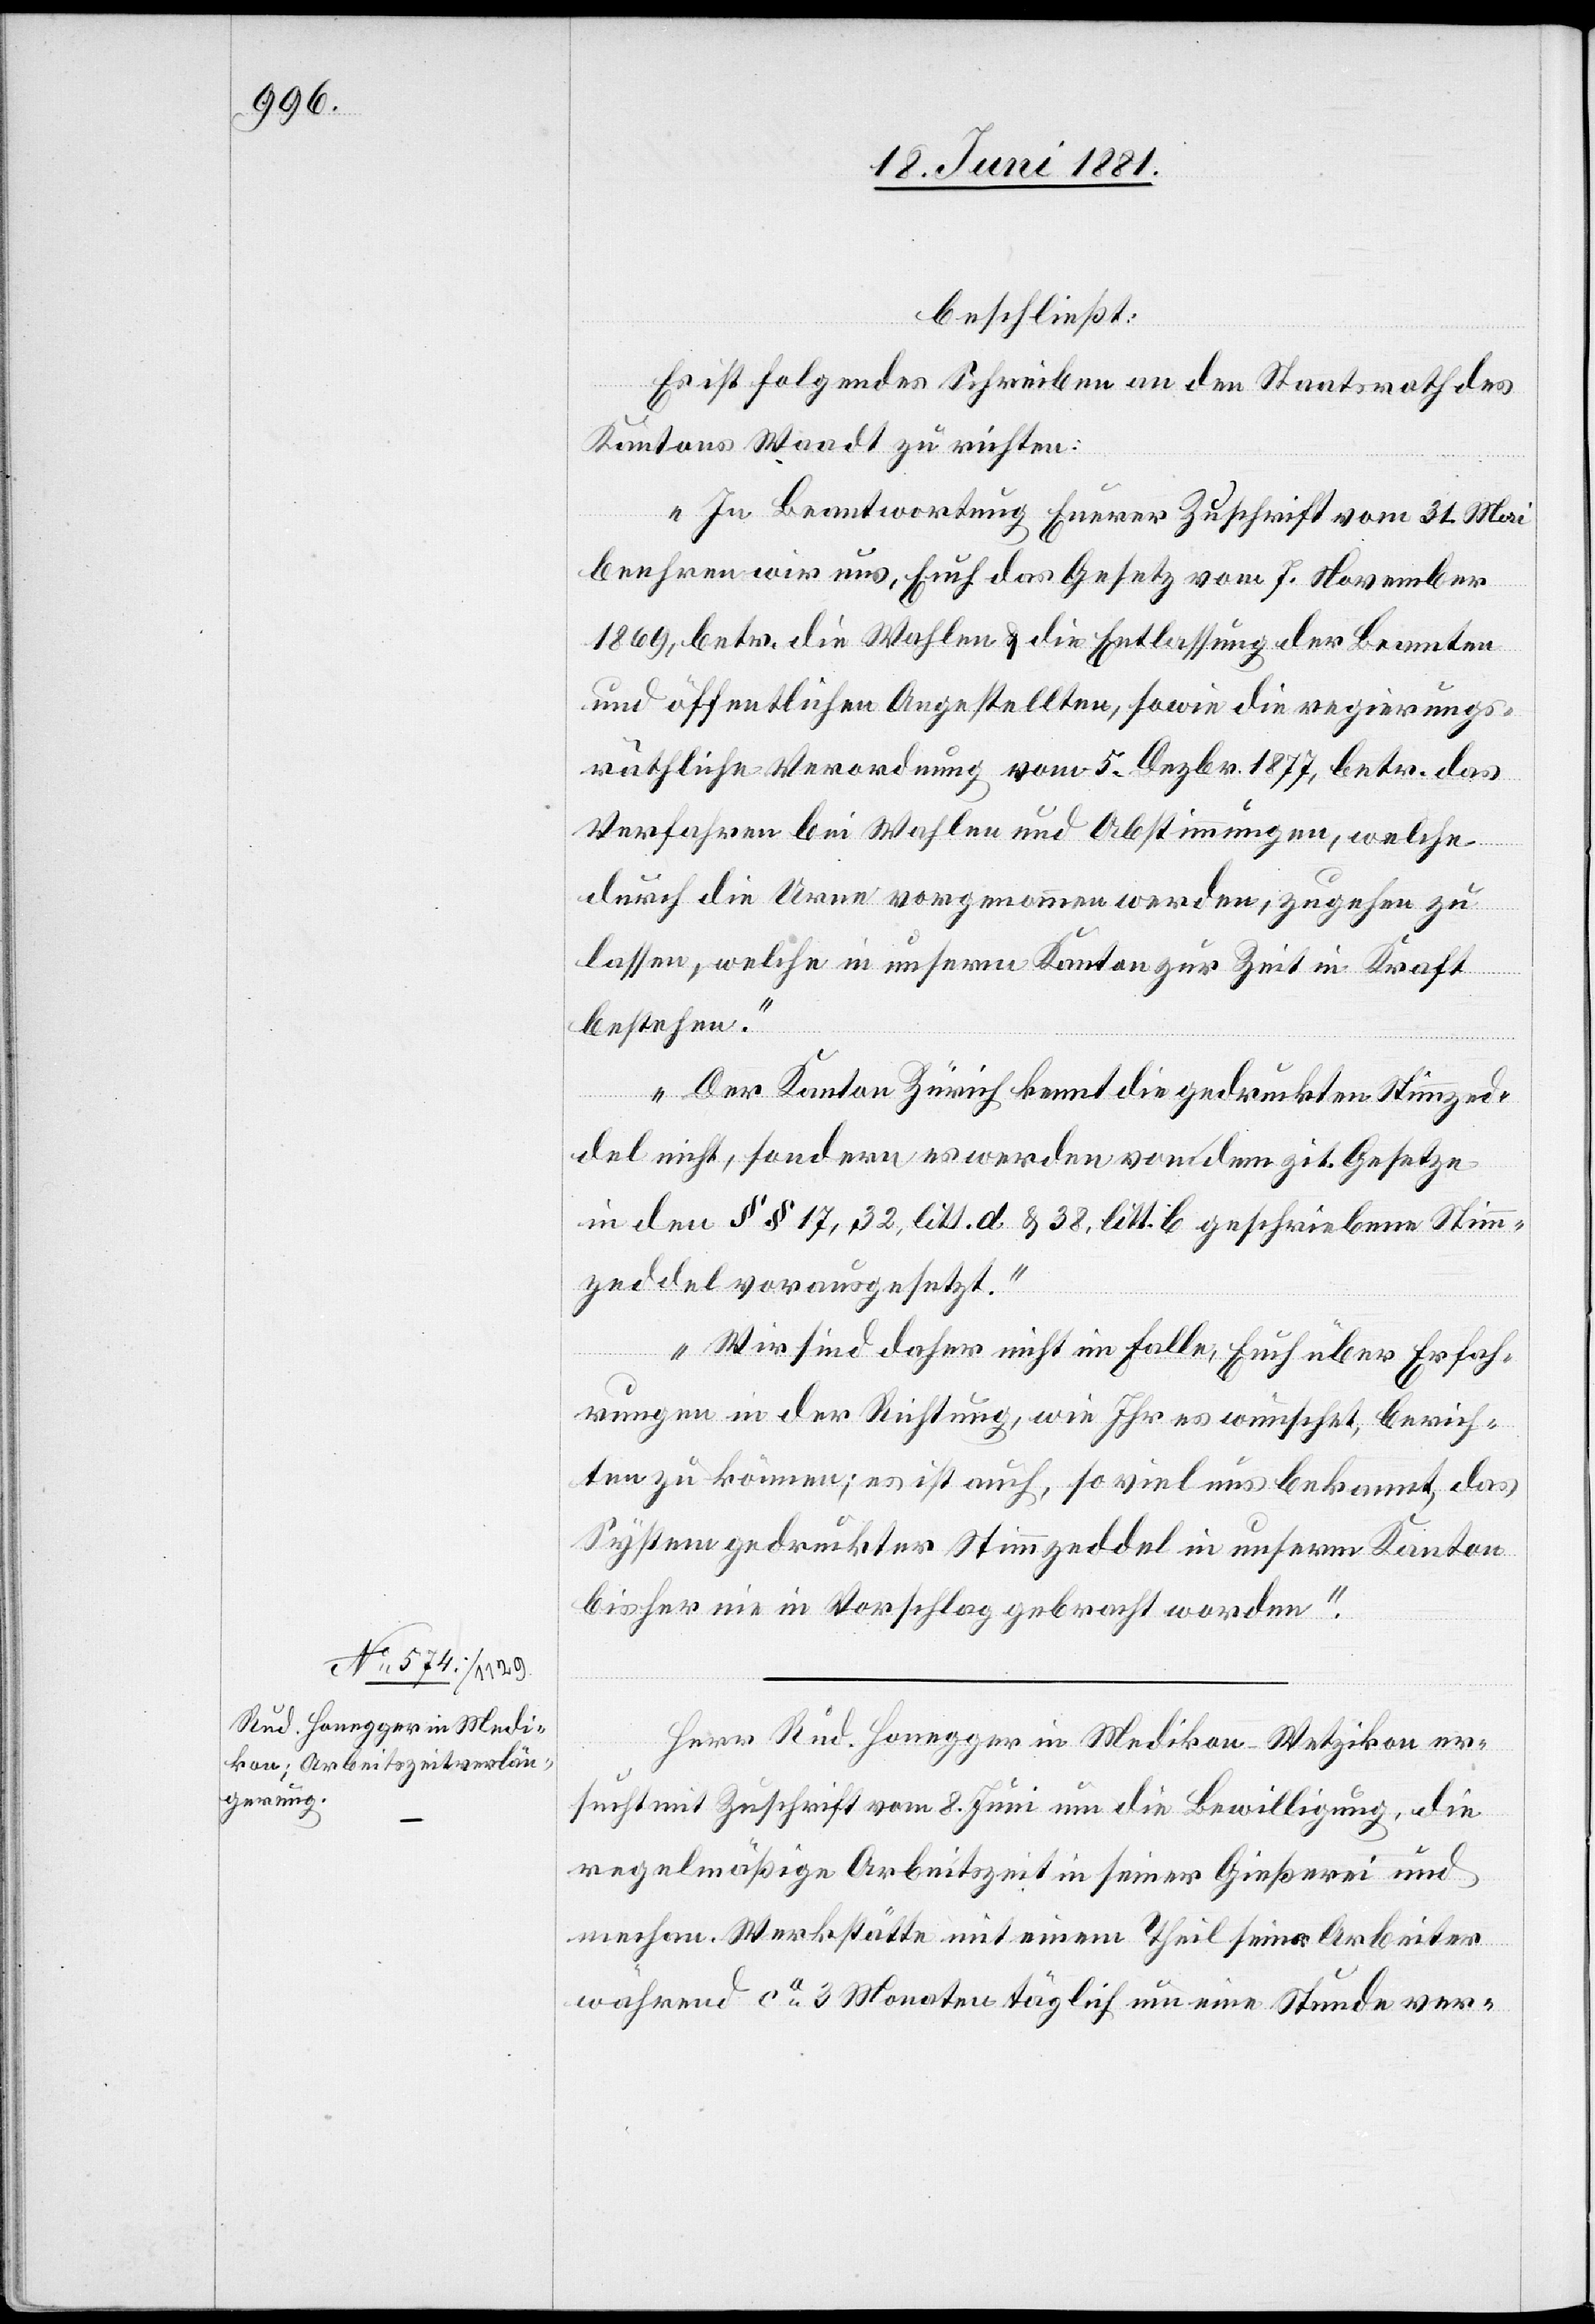
beschließt:
Es ist folgendes Schreiben an den Staatsrath des
Kantons Waadt zu richten:
„In Beantwortung Eurer Zuschrift vom 31. Mai
beehren wir uns, Euch das Gesetz vom 7. November
1869, betr. die Wahlen & die Entlassung der Beamten
und öffentlichen Angestellten, sowie die regierungs¬
räthliche Verordnung vom 5. Dezbr. 1877, betr. das
Verfahren bei Wahlen und Abstimmungen, welche
durch die Urne vorgenommen werden, zugehen zu
lassen, welche in unserm Kanton zur Zeit in Kraft
bestehen.
Der Kanton Zürich kennt die gedruckten Stimmzed¬
del nicht, sondern es werden von dem zit. Gesetze
in den §§ 17, 32, litt. d & 32, litt b geschriebene Stimm¬
zeddel vorausgesetzt.
Wir sind daher nicht im Falle, Euch über Erfah¬
rungen in der Richtung, wie Ihr es wünscht, berich¬
ten zu können; es ist auch, so viel uns bekannt, das
System gedruckter Stimmzeddel in unserm Kanton
bisher nie in Vorschlag gebracht worden.“
Herr Rud. Honegger in Medikon - Wetzikon er¬
sucht mit Zuschrift vom 8. Juni um die Bewilligung, die
regelmäßige Arbeitszeit in seiner Gießerei und
mechan. Werkstätte mit einem Theil seiner Arbeiter
während ca 3 Monaten täglich um eine Stunde ver-